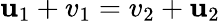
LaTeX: \mathbf{u}_{1}+v_{1}=v_{2}+\mathbf{u}_{2}